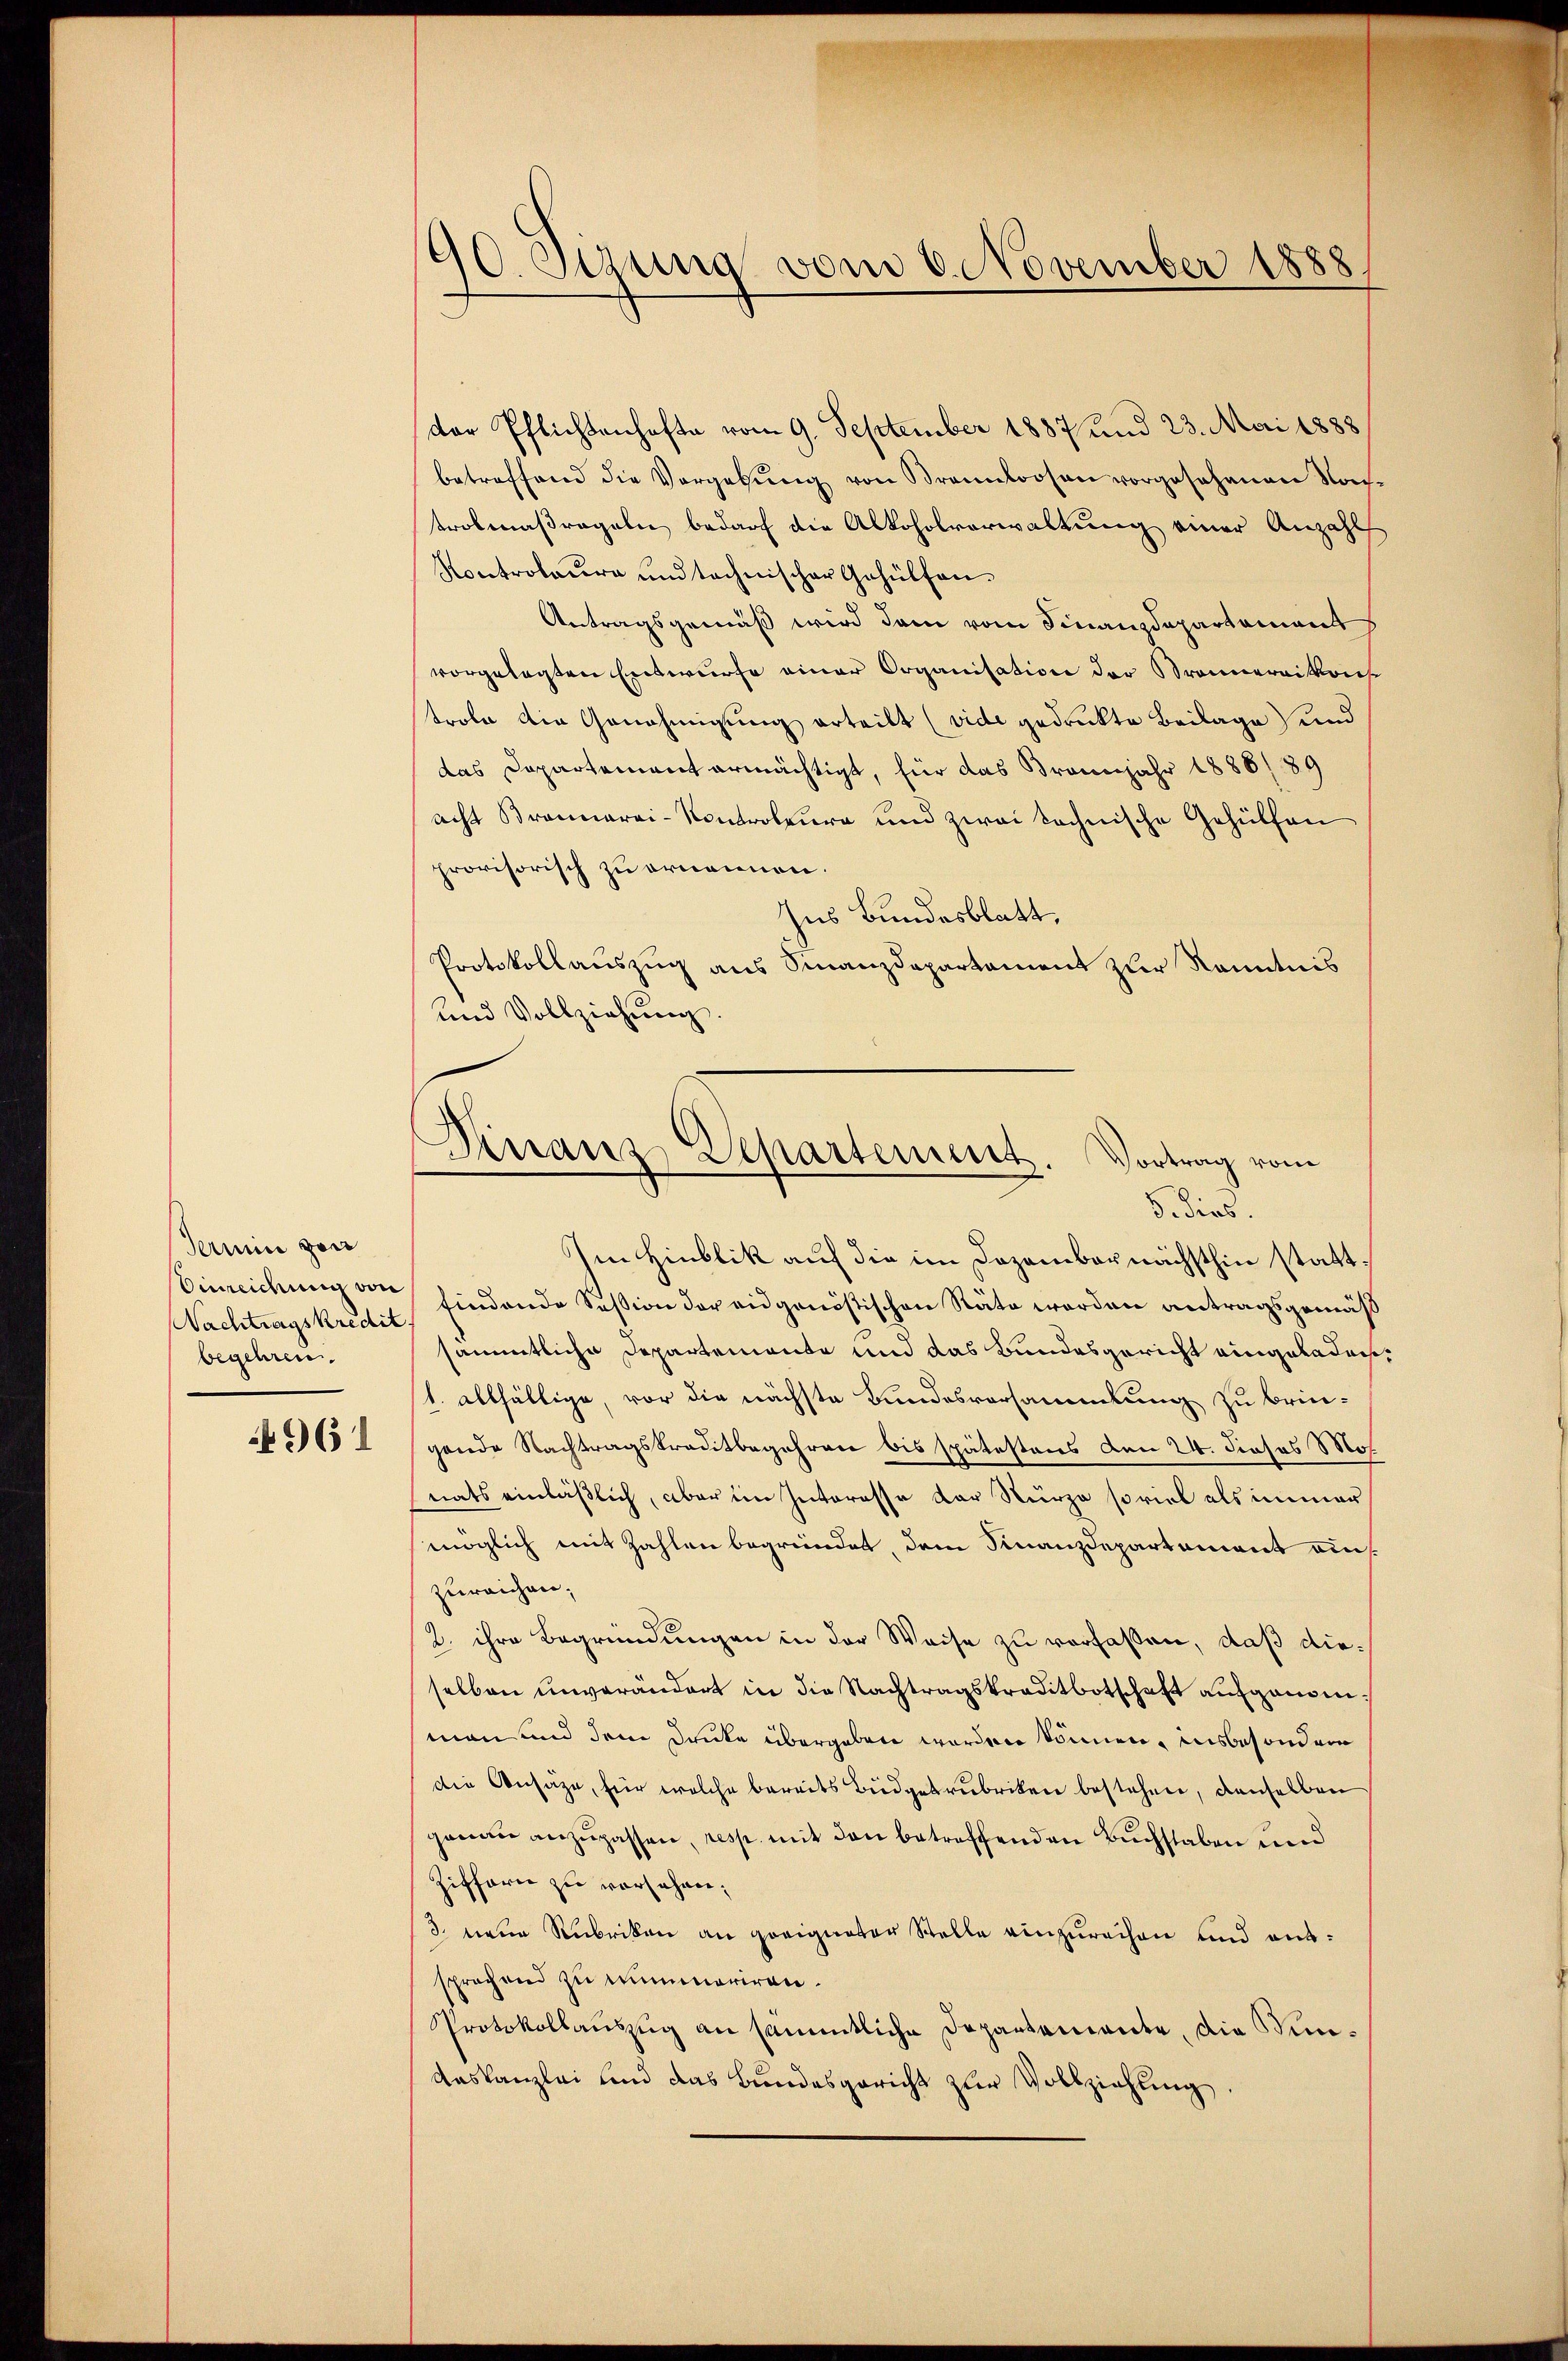
Termin von
inreichung von
Nachtragskredit.
begehren.

4961

90. Sizung vom 6. November 1888

dor Pflichtenhafte vom 9. September 1887 und 23. Mai 1888
betreffend die Vorgabŭng von Brannoosen vorgesehenen Notrobenaßregeln bedarf die Alkoholverwaltung einer Anzahl
Kontroleure und technischer Gehülfen-
Antragsgemäß wird dem vom Finanzdepartament
vorgelegten Entwurfe einer Organisation der Brannereitauf
trole die Genehmigung erteilt (vide gedruckte Beilage und
das Departement ermächtigt, für das Traunjahr 1886/89
acht Braunarai-Kontroleure und zwai technische Gehülfen
provisorisch zu ornennen.
Ins Bundesblatt,
Protokollauszug aus Finanzdepartament zur Kenntnis
und Vollziehung.

Dirranz Separtement. Vortrag vom
5. dies.

Im Hinblik auf die im Dezember nächsthin stattfindende Session der eidgenößischen Räte werden antragsgemäß
sämmtliche Departemonte und das Bundesgericht eingeladen¬
1. allfältige, vor die nächste Bundesversammlung zu bringende Nachtragskreditbegehren bis spätestens den 24. Josos Mo
nats einläßlich, aber im Interesse der Sturze so viel als immer
möglich mit Zahlen begründet, dem Finanzdepartement aus.
zureichen;
2. ihre Begründungen in der Weise zu verfaßen, daß dieselben unverändert in die Nachtragskreditbotschaft aufgenomman und dem Drucke übergeben worden können, insbesondere
die Ansätze, für welche bereits Büdgetrubriken bestehen, denselben
genau anzupassen, resp. mit den betreffenden Buchstaben und
Ziffern zu versehen;
3 neue Rubriken an geeigneter Stelle einzurechen und aussprechend zu nummeriren.
Protokollaŭszŭg an sämmtliche Departamante, die Kin¬
Aaskanzlei und das Bundesgericht zur Vollziehung